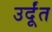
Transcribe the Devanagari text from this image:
उर्दूंत